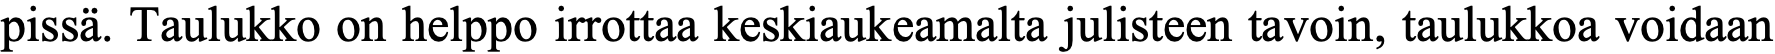
pissä. Taulukko on helppo irrottaa keskiaukeamalta julisteen tavoin, taulukkoa voidaan